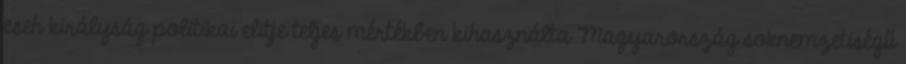
cseh királyság politikai elitje teljes mértékben kihasználta Magyarország soknemzetiségű